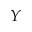
Y